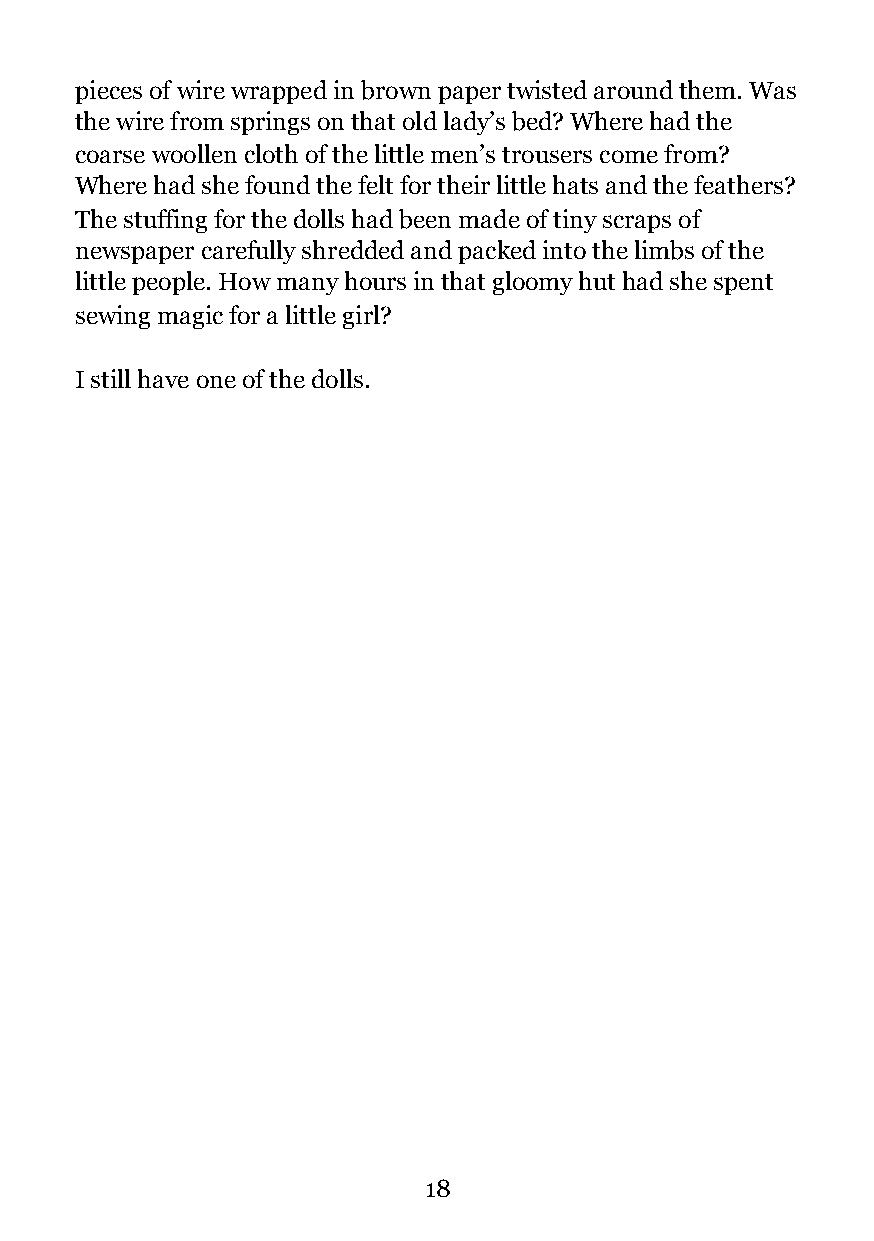
pieces of wire wrapped in brown paper twisted around them. Was
 the wire from springs on that old lady’s bed? Where had the
 coarse woollen cloth of the little men’s trousers come from?
 Where had she found the felt for their little hats and the feathers?
 The stuffing for the dolls had been made of tiny scraps of
 newspaper carefully shredded and packed into the limbs of the
 little people. How many hours in that gloomy hut had she spent
 sewing magic for a little girl?
 I still have one of the dolls.
 !18